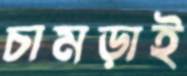
চামড়াই